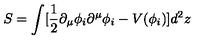
S = \int [ { \frac { 1 } { 2 } } \partial _ { \mu } \phi _ { i } \partial ^ { \mu } \phi _ { i } - V ( \phi _ { i } ) ] d ^ { 2 } z